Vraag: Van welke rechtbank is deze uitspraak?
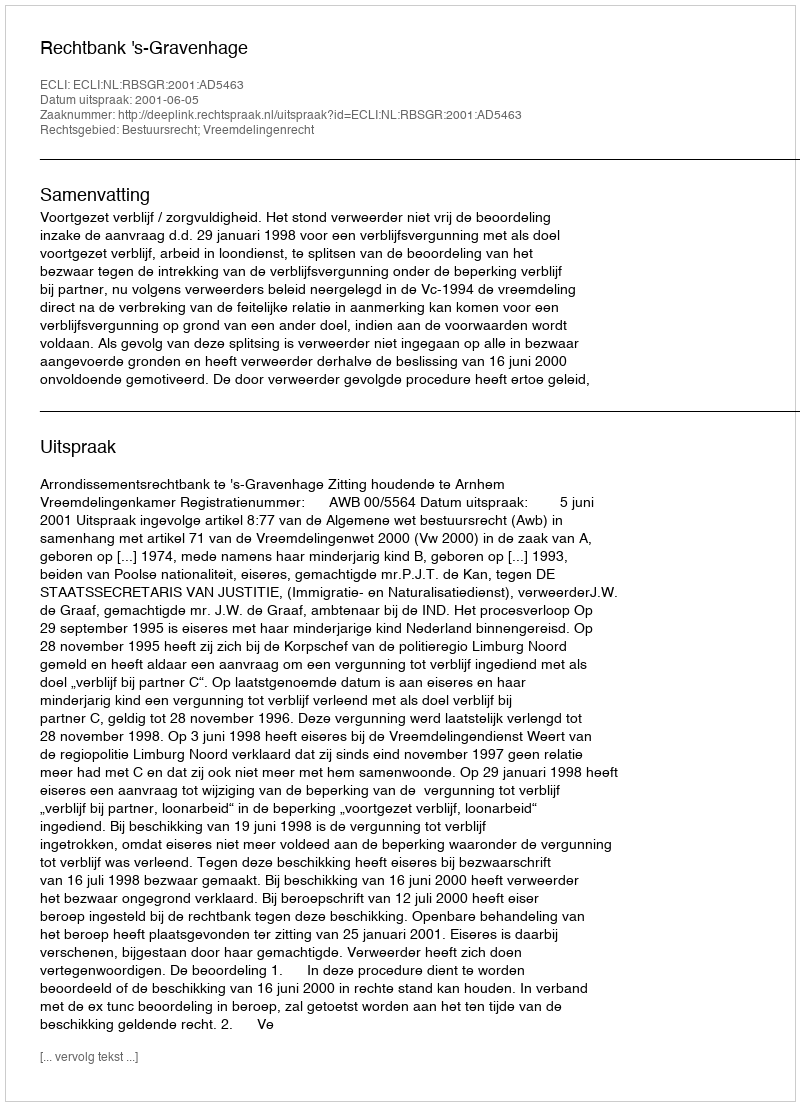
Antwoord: Rechtbank 's-Gravenhage